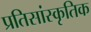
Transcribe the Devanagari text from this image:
प्रतिसांस्कृतिक